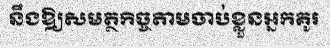
នឹងឱ្យសមត្ថកិច្ចតាមចាប់ខ្លួនអ្នកគូរ